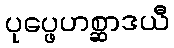
ပုပ္ဖေဟစ္ဆာဒယီ